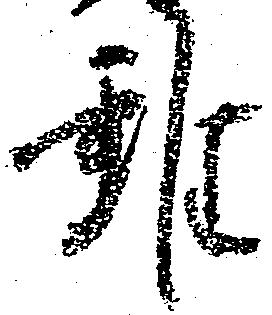
雖